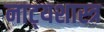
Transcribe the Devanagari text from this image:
नाट्‍यशास्त्र